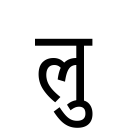
OCR:
लु